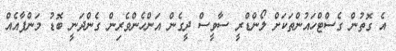
އެ ގޮތުން ގެސްޓްހައުންތަކަށް ލޯންޑްރީ ސާވީސް ދީގެން އަންހެންވެރިން ގެންދަނީ ބޮޑު މަންފާއެއް